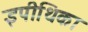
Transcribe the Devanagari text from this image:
इपीथिका